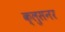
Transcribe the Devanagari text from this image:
क्लुसनर